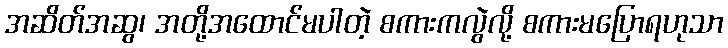
အဆိတ်အဆွ၊ အတို့အထောင်မပါတဲ့ စကားကလွဲလို့ စကားမပြောရဟုသာ